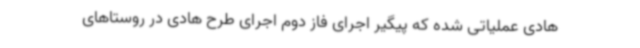
هادی عملیاتی شده که پیگیر اجرای فاز دوم اجرای طرح هادی در روستاهای